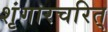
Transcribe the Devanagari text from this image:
शृंगारचरित्